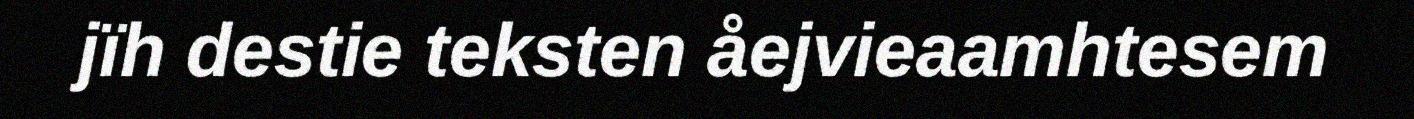
jïh destie teksten åejvieaamhtesem